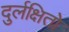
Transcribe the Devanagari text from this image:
दुर्लक्षितो